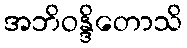
အဘိဝန္ဒိတောသိ